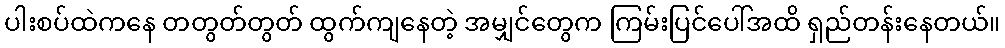
ပါးစပ်ထဲကနေ တတွတ်တွတ် ထွက်ကျနေတဲ့ အမျှင်တွေက ကြမ်းပြင်ပေါ်အထိ ရှည်တန်းနေတယ်။